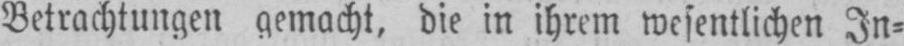
Betrachtungen gemacht, die in ihrem wesentlichen In⸗